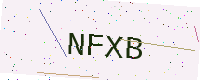
Text: NFXB